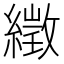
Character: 𦅣